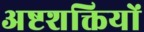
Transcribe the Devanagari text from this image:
अष्टशक्तियों